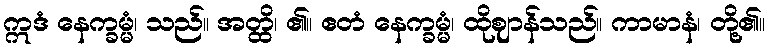
ဣဒံ နေက္ခမ္မံ၊ သည်။ အတ္ထိ၊ ၏။ ဧတံ နေက္ခမ္မံ၊ ထိုဈာန်သည်။ ကာမာနံ၊ တို့၏။